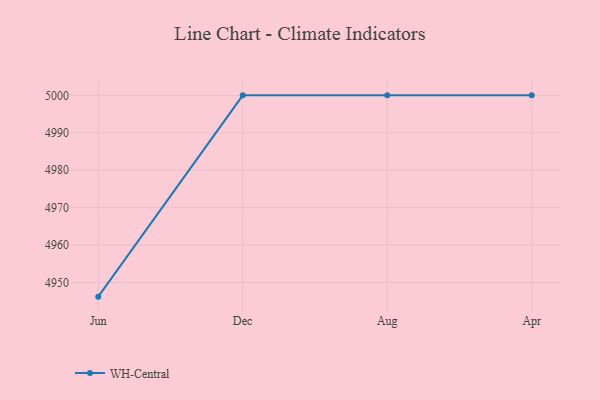
{"axis": {"x": "Month", "y": "Page Views"}, "legend": ["WH-Central"], "data": [{"x": "Jun", "y": 4946.2, "type": "WH-Central"}, {"x": "Dec", "y": 5000, "type": "WH-Central"}, {"x": "Aug", "y": 5000, "type": "WH-Central"}, {"x": "Apr", "y": 5000, "type": "WH-Central"}]}